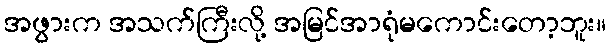
အဖွားက အသက်ကြီးလို့ အမြင်အာရုံမကောင်းတော့ဘူး။